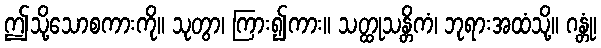
ဤသို့သောစကားကို။ သုတွာ၊ ကြား၍ကား။ သတ္ထုသန္တိကံ၊ ဘုရားအထံသို့။ ဂန္တုံ၊